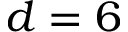
d = 6